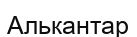
Алькантар